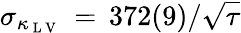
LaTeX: \sigma_{\kappa_{\mathrm{~L~V~}}}\, =\, 372(9)/\sqrt{\tau}